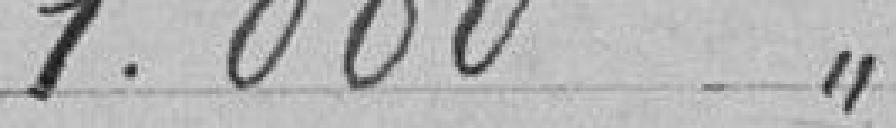
1.000 "